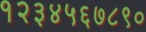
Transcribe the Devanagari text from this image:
१२३४५६७८९०